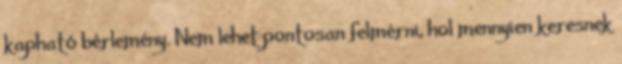
kapható bérlemény. Nem lehet pontosan felmérni, hol mennyien keresnek